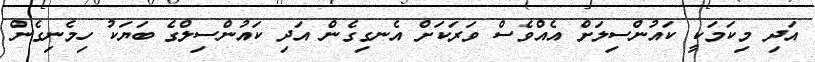
އަދި މިކަމަކީ ކައުންސިލަށް އެއްވެސް ވަރަކަށް އެނގިގެން އަދި ކައުންސިލްގެ ބަޔަކު ހިމެނިގެން